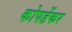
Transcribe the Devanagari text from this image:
कोपर्डेकर